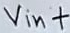
Text: Vin+